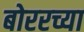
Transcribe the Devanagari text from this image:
बोररच्या